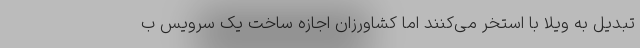
تبدیل به ویلا با استخر می‌کنند اما کشاورزان اجازه ساخت یک سرویس ب